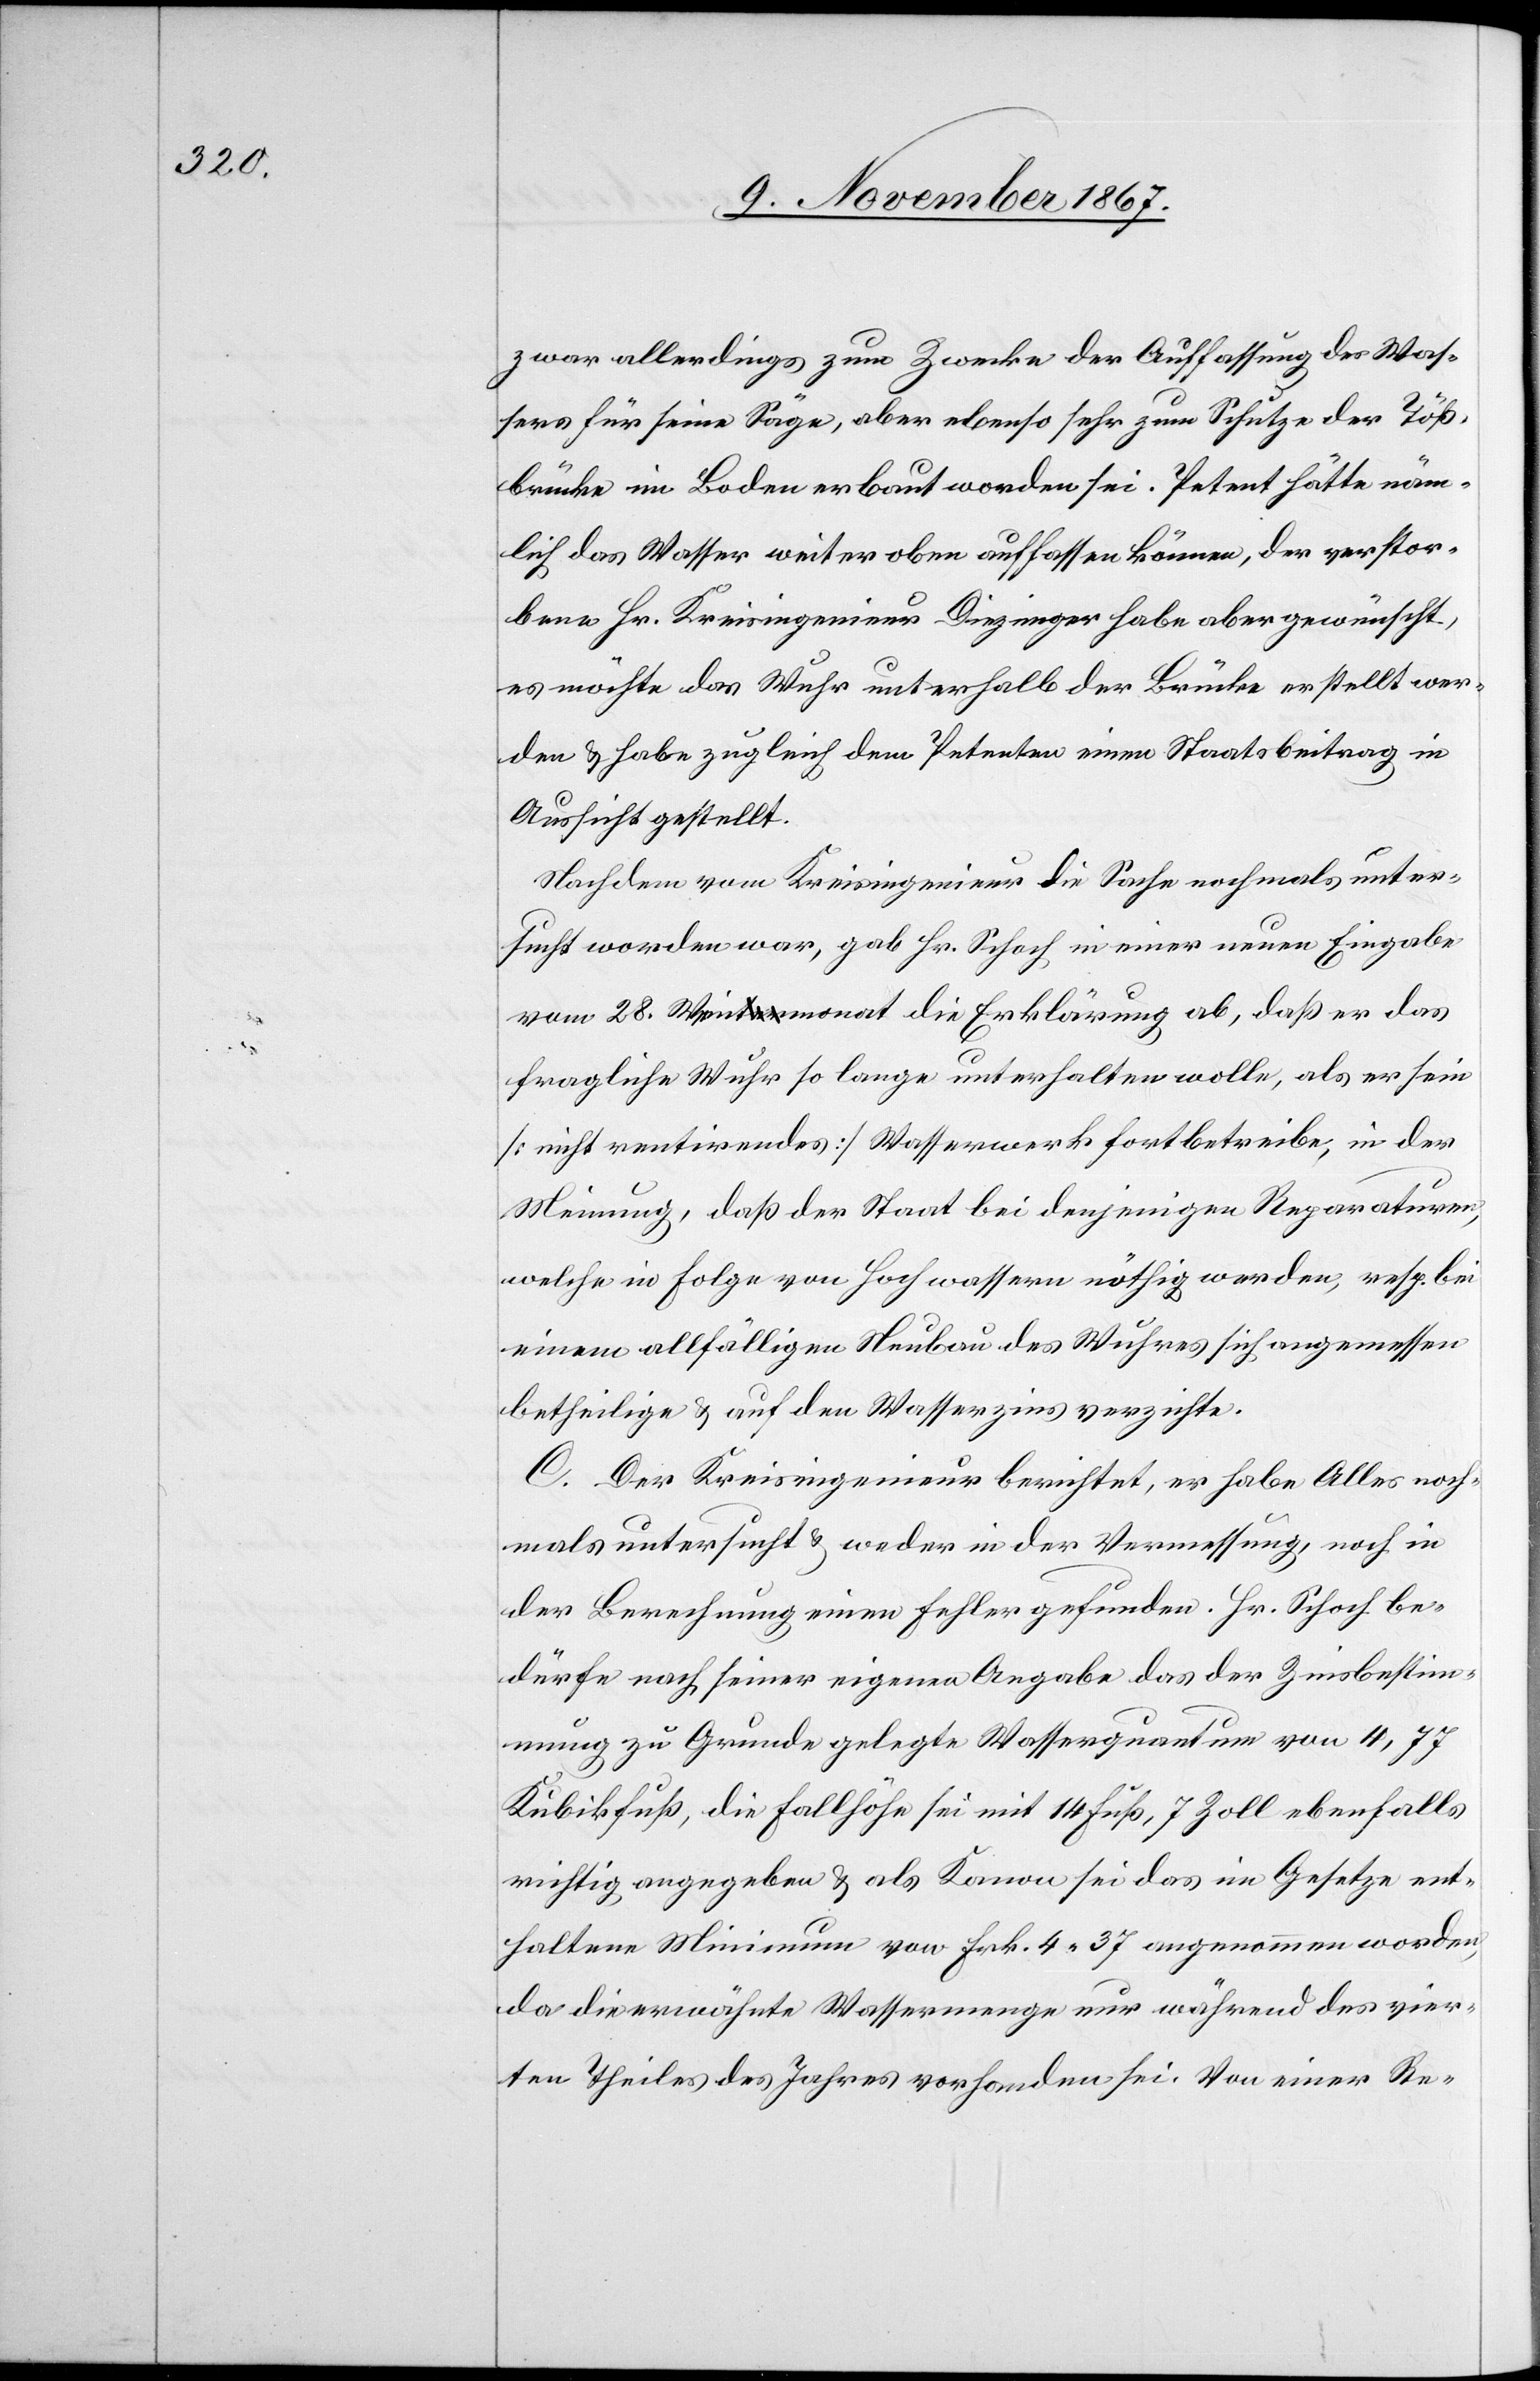
zwar allerdings zum Zwecke der Auffassung des Was¬
sers für seine Säge, aber ebenso sehr zum Schutze der Töß¬
brücke im Boden erbaut worden sei. Petent hätte näm¬
lich das Wasser weiter oben auffassen können, der verstor¬
bene Hr. Kreisingenieur Diezinger habe aber gewünscht,
es möchte das Wuhr unterhalb der Brücke erstellt wer¬
den u. habe zugleich dem Petenten einen Staatsbeitrag in
Aussicht gestellt.
Nachdem vom Kreisingenieur die Sache nochmals unter¬
sucht worden war, gab Hr. Schoch in einer neuen Eingabe
vom 28. Wintermonat die Erklärung ab, daß er das
fragliche Wuhr so lange unterhalten wolle, als er sein
[nicht rentirendes] Wasserwerk fortbetreibe, in der
Meinung, daß der Staat bei denjenigen Reparaturen,
welche in Folge von Hochwassern nöthig werden, resp. bei
einem allfälligen Neubau des Wuhres sich angemessen
betheilige u. auf den Wasserzins verzichte.
C. Der Kreisingenieur berichtet, er habe Alles noch¬
mals untersucht u. weder in der Vermessung, noch in
der Berechnung einen Fehler gefunden. Hr. Schoch be¬
dürfe nach seiner eigenen Angabe das der Zinsbestim¬
mung zu Grunde gelegte Wasserquantum von 4,77
Kubikfuß, die Fallhöhe sei mit 14 Fuß, 7 Zoll ebenfalls
richtig angegeben u. als Kanon sei das im Gesetze ent¬
haltene Minimum von Frk. 4.37 angenommen worden,
da die erwähnte Wassermenge nur während des vier¬
ten Theiles des Jahres vorhanden sei. Von einer Re-